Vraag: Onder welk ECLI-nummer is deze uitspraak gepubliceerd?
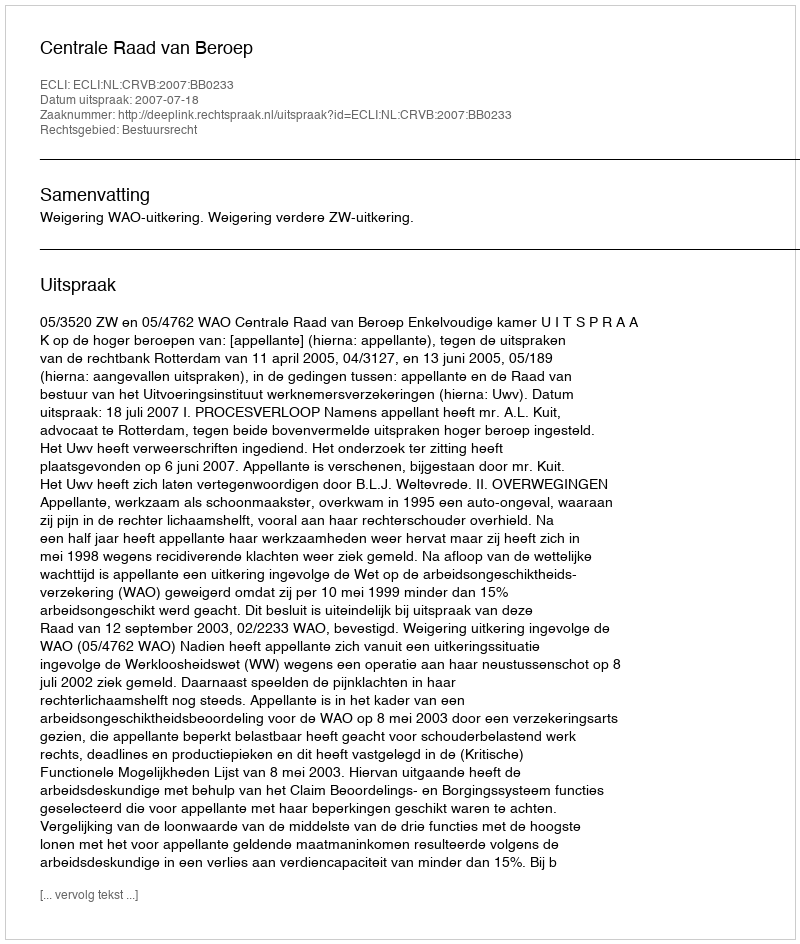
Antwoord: ECLI:NL:CRVB:2007:BB0233